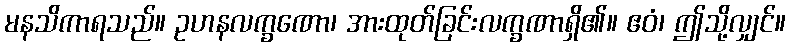
မနသိကာရသည်။ ဥဟနလက္ခဏော၊ အားထုတ်ခြင်းလက္ခဏာရှိ၏။ ဧဝံ၊ ဤသို့လျှင်။